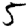
Digit: 5